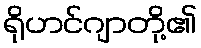
ရိုဟင်ဂျာတို့၏